Civil Veterinary Department. Madras. Admin. report 1926-33 - 1926-1933
Year: 1926
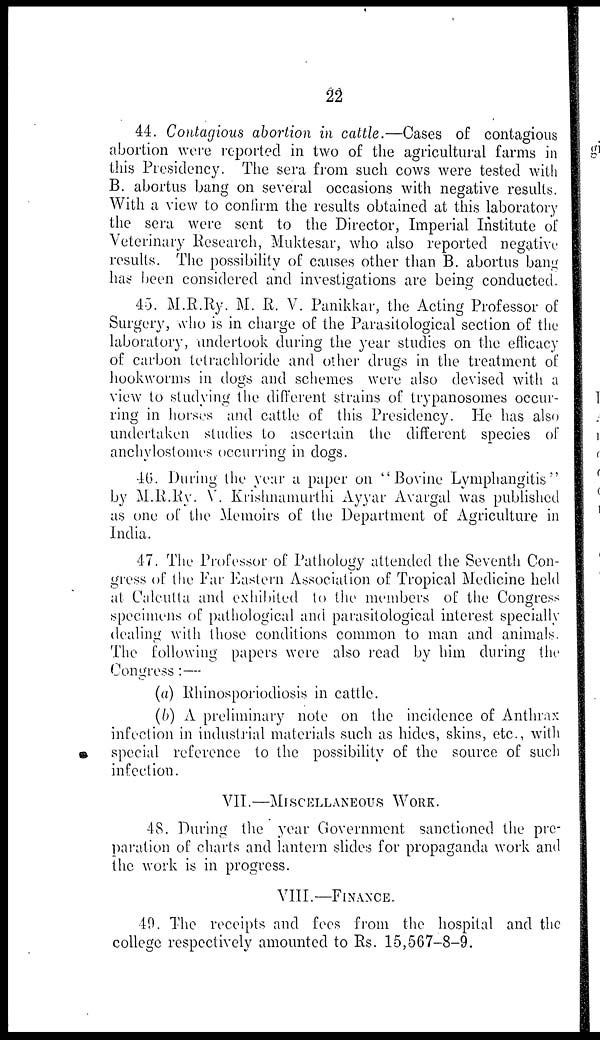
22
44. Contagious abortion in cattle.—Cases of contagious
abortion were reported in two of the agricultural farms in
this Presidency. The sera from such cows were tested with
B. abortus bang on several occasions with negative results.
With a view to confirm the results obtained at this laboratory
the sera were sent to the Director, Imperial Institute of
Veterinary Research, Muktesar, who also reported negative
results. The possibility of causes other than B. abortus bang
has been considered and investigations are being conducted.
40. M.R.Ry. M. R. V. Panikkar, the Acting Professor of
Surgery, who is in charge of the Parasitological section of the
laboratory, undertook during the year studies on the efficacy
of carbon tetrachloride and other drugs in the treatment of
hookworms in dogs and schemes were also devised with a
view to studying the different strains of trypanosomes occur-
ring in horses and cattle of this Presidency. He has also
undertaken studies to ascertain the different species of
anchylostomes occurring in dogs.
46. Dining the year a paper on "Bovine Lymphangitis"
by M.R.Ry. V. Krishnamurthi Ayyar Avargal was published
as one of the Memoirs of the Department of Agriculture in
India.
47. The Professor of Pathology attended the Seventh Con-
gress of the Far Eastern Association of Tropical Medicine held
at Calcutta and exhibited to the members of the Congress
specimens of pathological and parasitological interest specially
dealing with those conditions common to man and animals.
The following papers were also read by him during the
Congress:—
(a) Rhinosporiodiosis in cattle.
(b) A preliminary note on the incidence of Anthrax
infection in industrial materials such as hides, skins, etc., with
special reference to the possibility of the source of such
infection.
VII.—MISCELLANEOUS WORK.
48. During the year Government sanctioned the pre-
paration of charts and lantern slides for propaganda work and
the work is in progress.
VIII.—FINANCE.
40. The receipts and fees from the hospital and the
college respectively amounted to Rs. 15,567-8-9.